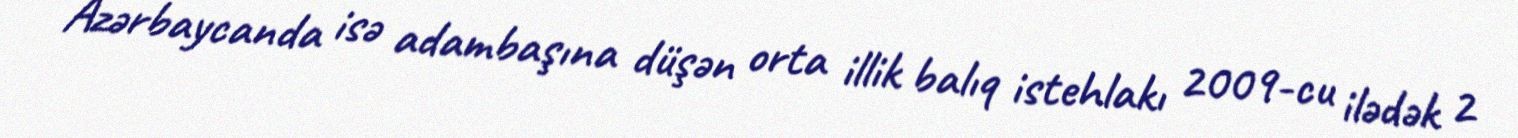
Azərbaycanda isə adambaşına düşən orta illik balıq istehlakı 2009-cu ilədək 2